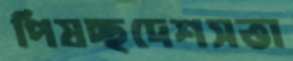
পিষচ্ছদেশসত্তা